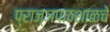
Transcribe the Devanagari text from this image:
प्राज्ञपाठशाळचे